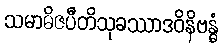
သမာဓိဇပီတိသုခဿာဒဝိနိဗန္ဓံ